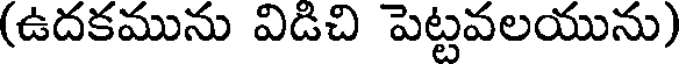
(ఉదకమును విడిచి పెట్టవలయును)